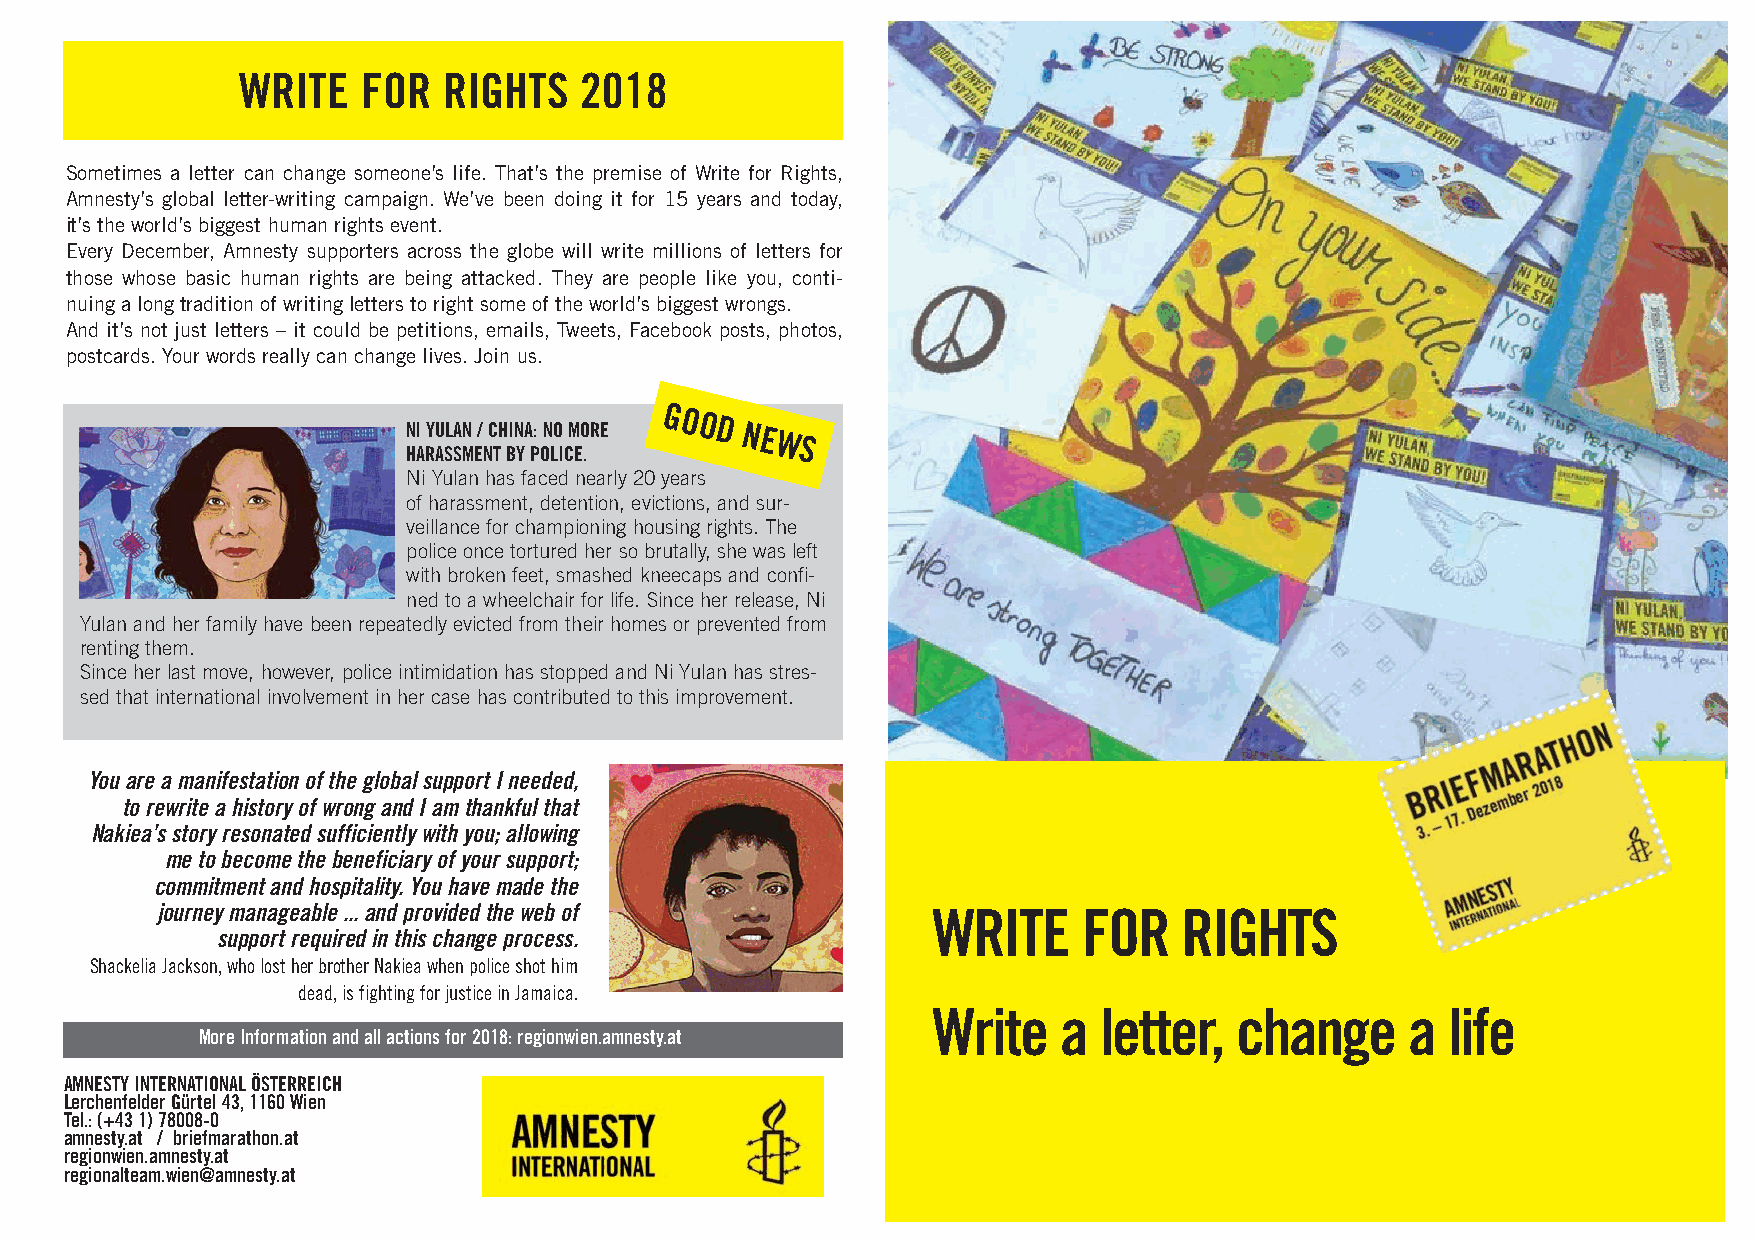
WRITE   FOR  RIGHTS   2018
 Sometimes a letter can change someone’s life. That’s the premise of Write for Rights,
 Amnesty’s global letter-writing campaign. We’ve been doing it for 15 years and today,
 it’s the world’s biggest human rights event.
 Every December, Amnesty supporters across the globe will write millions of letters for
 those whose basic human rights are being attacked. They are people like you, conti-
 nuing a long tradition of writing letters to right some of the world’s biggest wrongs.
 And it’s not just letters – it could be petitions, emails, Tweets, Facebook posts, photos,
 postcards. Your words really can change lives. Join us.
 NI YULAN / CHINA: NO MORE
 GOOD
 NEWS
 HARASSMENT BY POLICE.
 Ni Yulan has faced nearly 20 years
 of harassment, detention, evictions, and sur-
 veillance for championing housing rights. The
 police once tortured her so brutally, she was left
 with broken feet, smashed kneecaps and confi-
 ned to a wheelchair for life. Since her release, Ni
 Yulan and her family have been repeatedly evicted from their homes or prevented from
 renting them.
 Since her last move, however, police intimidation has stopped and Ni Yulan has stres-
 sed that international involvement in her case has contributed to this improvement.
 You are a manifestation of the global support I needed,
 to rewrite a history of wrong and I am thankful that
 Nakiea’s story resonated sufficiently with you; allowing
 me to become the beneficiary of your support;
 commitment and hospitality. You have made the
 journey manageable ... and provided the web of      WRITE     FOR   RIGHTS
 support required in this change process.
 Shackelia Jackson, who lost her brother Nakiea when police shot him
 dead, is fighting for justice in Jamaica.
 Write   a  letter,  change     a  life
 More Information and all actions for 2018: regionwien.amnesty.at
 AMNESTY INTERNATIONAL ÖSTERREICH
 Lerchenfelder Gürtel 43, 1160 Wien
 Tel.: (+43 1) 78008-0
 amnesty.at / briefmarathon.at
 regionwien.amnesty.at
 regionalteam.wien@amnesty.at